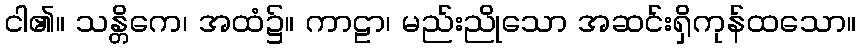
ငါ၏။ သန္တိကေ၊ အထံ၌။ ကာဠာ၊ မည်းညိုသော အဆင်းရှိကုန်ထသော။